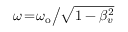
\omega \! = \! \omega _ { \mathrm { o } } \big / \sqrt { 1 - \beta _ { v } ^ { 2 } }